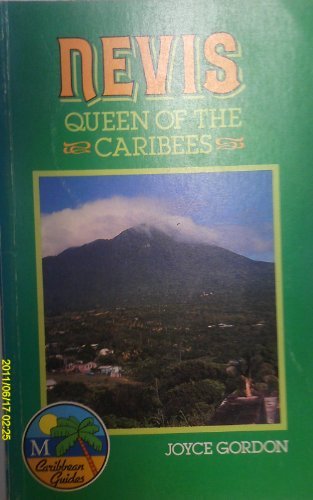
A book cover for Nevis: Queen of the Caribees (Caribbean Guides Series); Joyce Gordon; Travel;